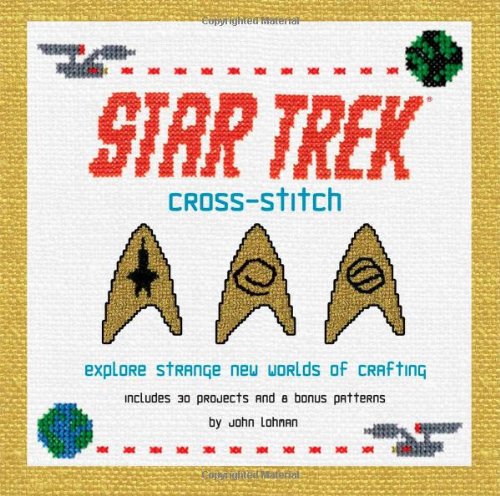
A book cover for Star Trek Cross-Stitch: Explore Strange New Worlds of Crafting; John Lohman; Crafts, Hobbies & Home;